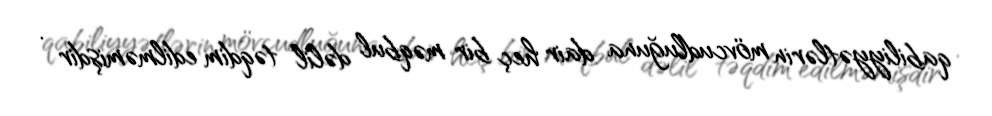
qabiliyyətlərin mövcudluğuna dair heç bir məqbul dəlil təqdim edilməmişdir .